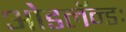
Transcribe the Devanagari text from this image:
ओडलॅन्डः